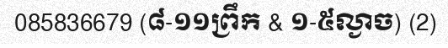
085836679 (៨-១១ព្រឹក & ១-៥ល្ងាច) (2)